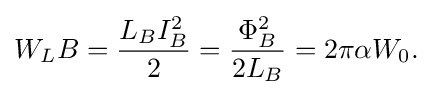
W_{L}B={\frac {L_{B}I_{B}^{2}}{2}}={\frac {\Phi _{B}^{2}}{2L_{B}}}=2\pi \alpha W_{0}.\